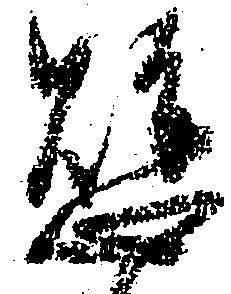
懸